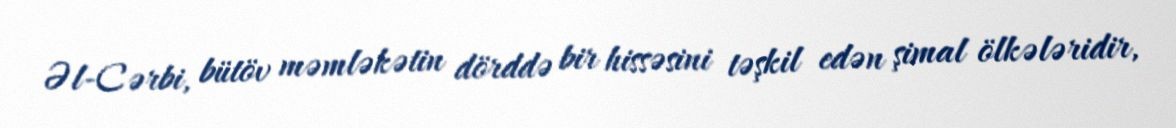
Əl-Cərbi, bütöv məmləkətin dörddə bir hissəsini təşkil edən şimal ölkələridir,